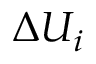
\Delta { { U } _ { i } }